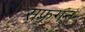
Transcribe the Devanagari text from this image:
सफ्रगन